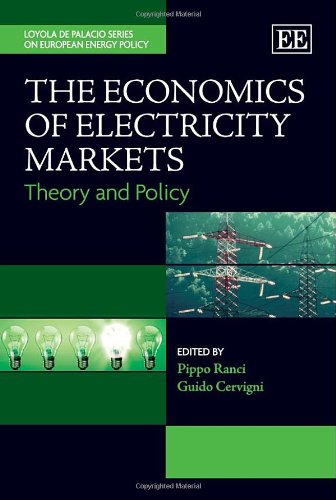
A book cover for The Economics of Electricity Markets: Theory and Policy (The Loyola de Palacio Series on European Energy Policy); Pippo Ranci; Business & Money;